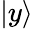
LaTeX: \vert y\rangle